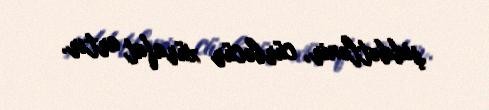
şiddətlənir, cürbəcür xürafat artır.